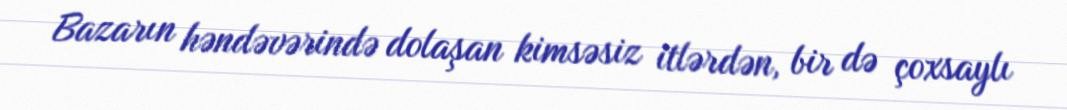
Bazarın həndəvərində dolaşan kimsəsiz itlərdən, bir də çoxsaylı